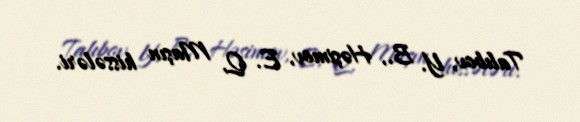
Talıbov, Y. B., Həşimov, E. Q. Maşın hissələri.